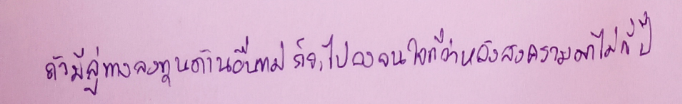
"ถ้ามีลู่ทางลงทุนด้านอื่นแม่ก็จะไปลงจนใจที่ว่าหลังสงครามมาไม่กี่ปี